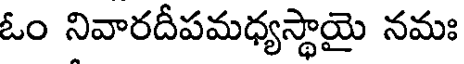
ఓం నివారదీపమధ్యస్థాయై నమః